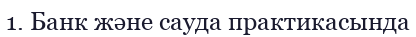
1. Банк және сауда практикасында